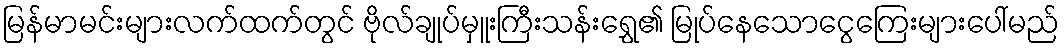
မြန်မာမင်းများလက်ထက်တွင် ဗိုလ်ချုပ်မှူးကြီးသန်းရွှေ၏ မြုပ်နေသောငွေကြေးများပေါ်မည်